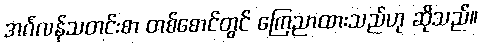
အင်္ဂလန်သတင်းစာ တစ်စောင်တွင် ကြေညာထားသည်ဟု ဆိုသည်။